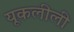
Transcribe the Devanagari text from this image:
यूकलीली